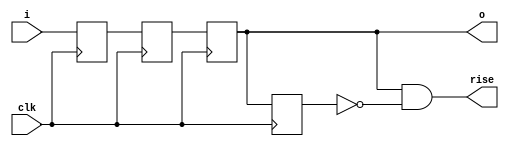
module synch_3_1 #(parameter WIDTH = 1) (
   input  wire [WIDTH-1:0] i,     
   output reg  [WIDTH-1:0] o,     
   input  wire             clk,   
   output wire             rise   
);
reg [WIDTH-1:0] stage_1;
reg [WIDTH-1:0] stage_2;
reg [WIDTH-1:0] stage_3;
assign rise = (WIDTH == 1) ? (o & ~stage_3) : 1'b0;
always @(posedge clk) 
   {stage_3, o, stage_2, stage_1} <= {o, stage_2, stage_1, i};
endmodule